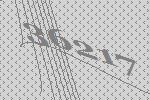
36217